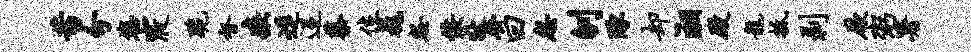
蓄分您寝跪督疾进迢蔡位巍怨佞狄齐曰忽刎琢却湘殿龙抵剥厥粥署